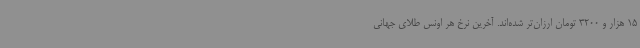
15 هزار و 3200 تومان ارزان‌تر شده‌اند. آخرین نرخ هر اونس طلای جهانی